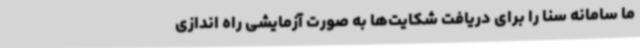
ما سامانه سنا را برای دریافت شکایت‌ها به صورت آزمایشی راه اندازی